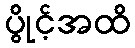
ပွိုင့်အထိ